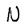
Character: N